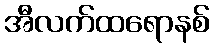
အီလက်ထရောနစ်